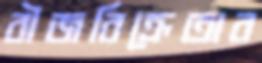
বীজবিক্রেতার